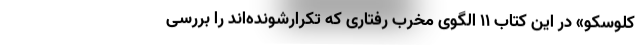
کلوسکو» در این کتاب ۱۱ الگوی مخرب رفتاری که تکرارشونده‌اند را بررسی